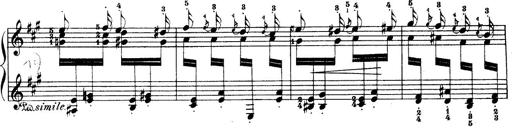
Title: Wagner-Liszt Album
Composer: Franz Liszt